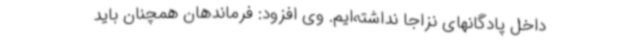
داخل پادگانهای نزاجا نداشته‌ایم. وی افزود: فرماندهان همچنان باید